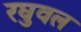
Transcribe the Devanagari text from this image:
रघुवल